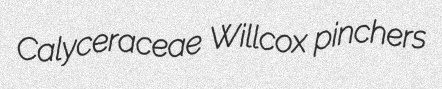
Calyceraceae Willcox pinchers